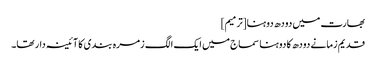
بھارت میں دودھ دوہنا[ترمیم]
قدیم زمانے دودھ کا دوہنا سماج میں ایک الگ زمرہ بندی کا آئینہ دار تھا۔